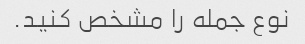
نوع جمله را مشخص کنید.